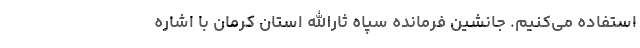
استفاده می‌کنیم. جانشین فرمانده سپاه ثارالله استان کرمان با اشاره